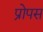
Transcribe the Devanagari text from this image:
प्रोपस